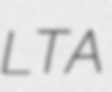
LTA